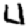
Digit: 4